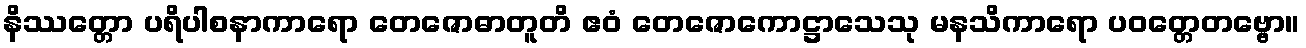
နိဿတ္တော ပရိပါစနာကာရော တေဇောဓာတူတိ ဧဝံ တေဇောကောဋ္ဌာသေသု မနသိကာရော ပဝတ္တေတဗ္ဗော။